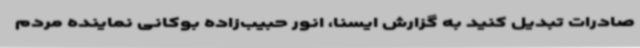
صادرات تبدیل کنید به گزارش ایسنا، انور حبیب‌زاده بوکانی نماینده مردم